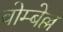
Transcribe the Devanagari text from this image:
वोम्बेल्ल